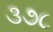
૩૭૮